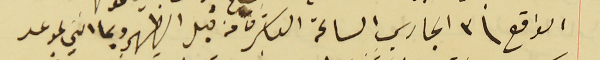
الواقع فى ٣ الجاري الساعة العاشرة من قبل الظهر وبما انني بموعد